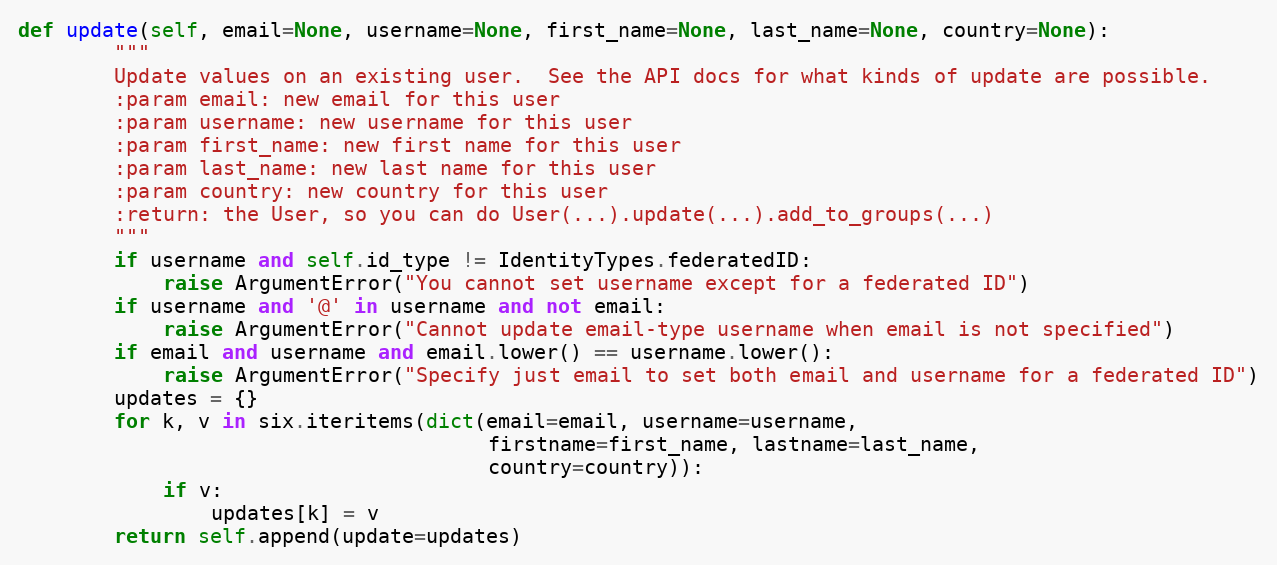
Language: Python
def update(self, email=None, username=None, first_name=None, last_name=None, country=None):
        """
        Update values on an existing user.  See the API docs for what kinds of update are possible.
        :param email: new email for this user
        :param username: new username for this user
        :param first_name: new first name for this user
        :param last_name: new last name for this user
        :param country: new country for this user
        :return: the User, so you can do User(...).update(...).add_to_groups(...)
        """
        if username and self.id_type != IdentityTypes.federatedID:
            raise ArgumentError("You cannot set username except for a federated ID")
        if username and '@' in username and not email:
            raise ArgumentError("Cannot update email-type username when email is not specified")
        if email and username and email.lower() == username.lower():
            raise ArgumentError("Specify just email to set both email and username for a federated ID")
        updates = {}
        for k, v in six.iteritems(dict(email=email, username=username,
                                       firstname=first_name, lastname=last_name,
                                       country=country)):
            if v:
                updates[k] = v
        return self.append(update=updates)